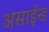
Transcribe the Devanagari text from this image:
असाईन्ड